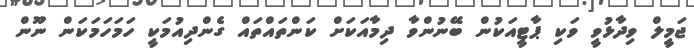
ޖަމީލް ވިދާޅުވީ ވަކި ޕާޓީއަކުން ބޭނުންވާ ދިމާއަކަށް ކަންތައްތައް ގެންދިއުމަކީ ހަމަހަމަކަން ނޫން